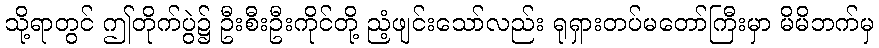
သို့ရာတွင် ဤတိုက်ပွဲ၌ ဦးစီးဦးကိုင်တို့ ညံ့ဖျင်းသော်လည်း ရုရှားတပ်မတော်ကြီးမှာ မိမိဘက်မှ